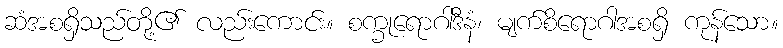
ဆံအစရှိသည်တို့၏ လည်းကောင်း။ စက္ခုရောဂါဒီနံ၊ မျက်စိရောဂါအစရှိ ကုန်သော။